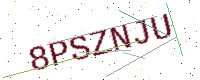
Text: 8PSZNJU